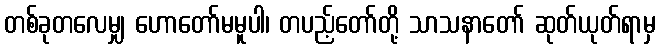
တစ်ခုတလေမျှ ဟောတော်မမူပါ၊ တပည့်တော်တို့ သာသနာတော် ဆုတ်ယုတ်ရာမှ